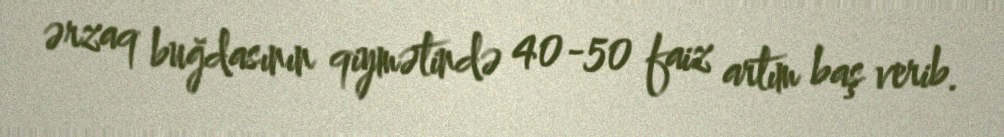
ərzaq buğdasının qiymətində 40-50 faiz artım baş verib.